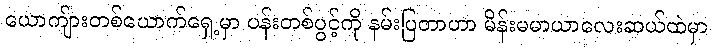
ယောကျ်ားတစ်ယောက်ရှေ့မှာ ပန်းတစ်ပွင့်ကို နမ်းပြတာဟာ မိန်းမမာယာလေးဆယ်ထဲမှာ